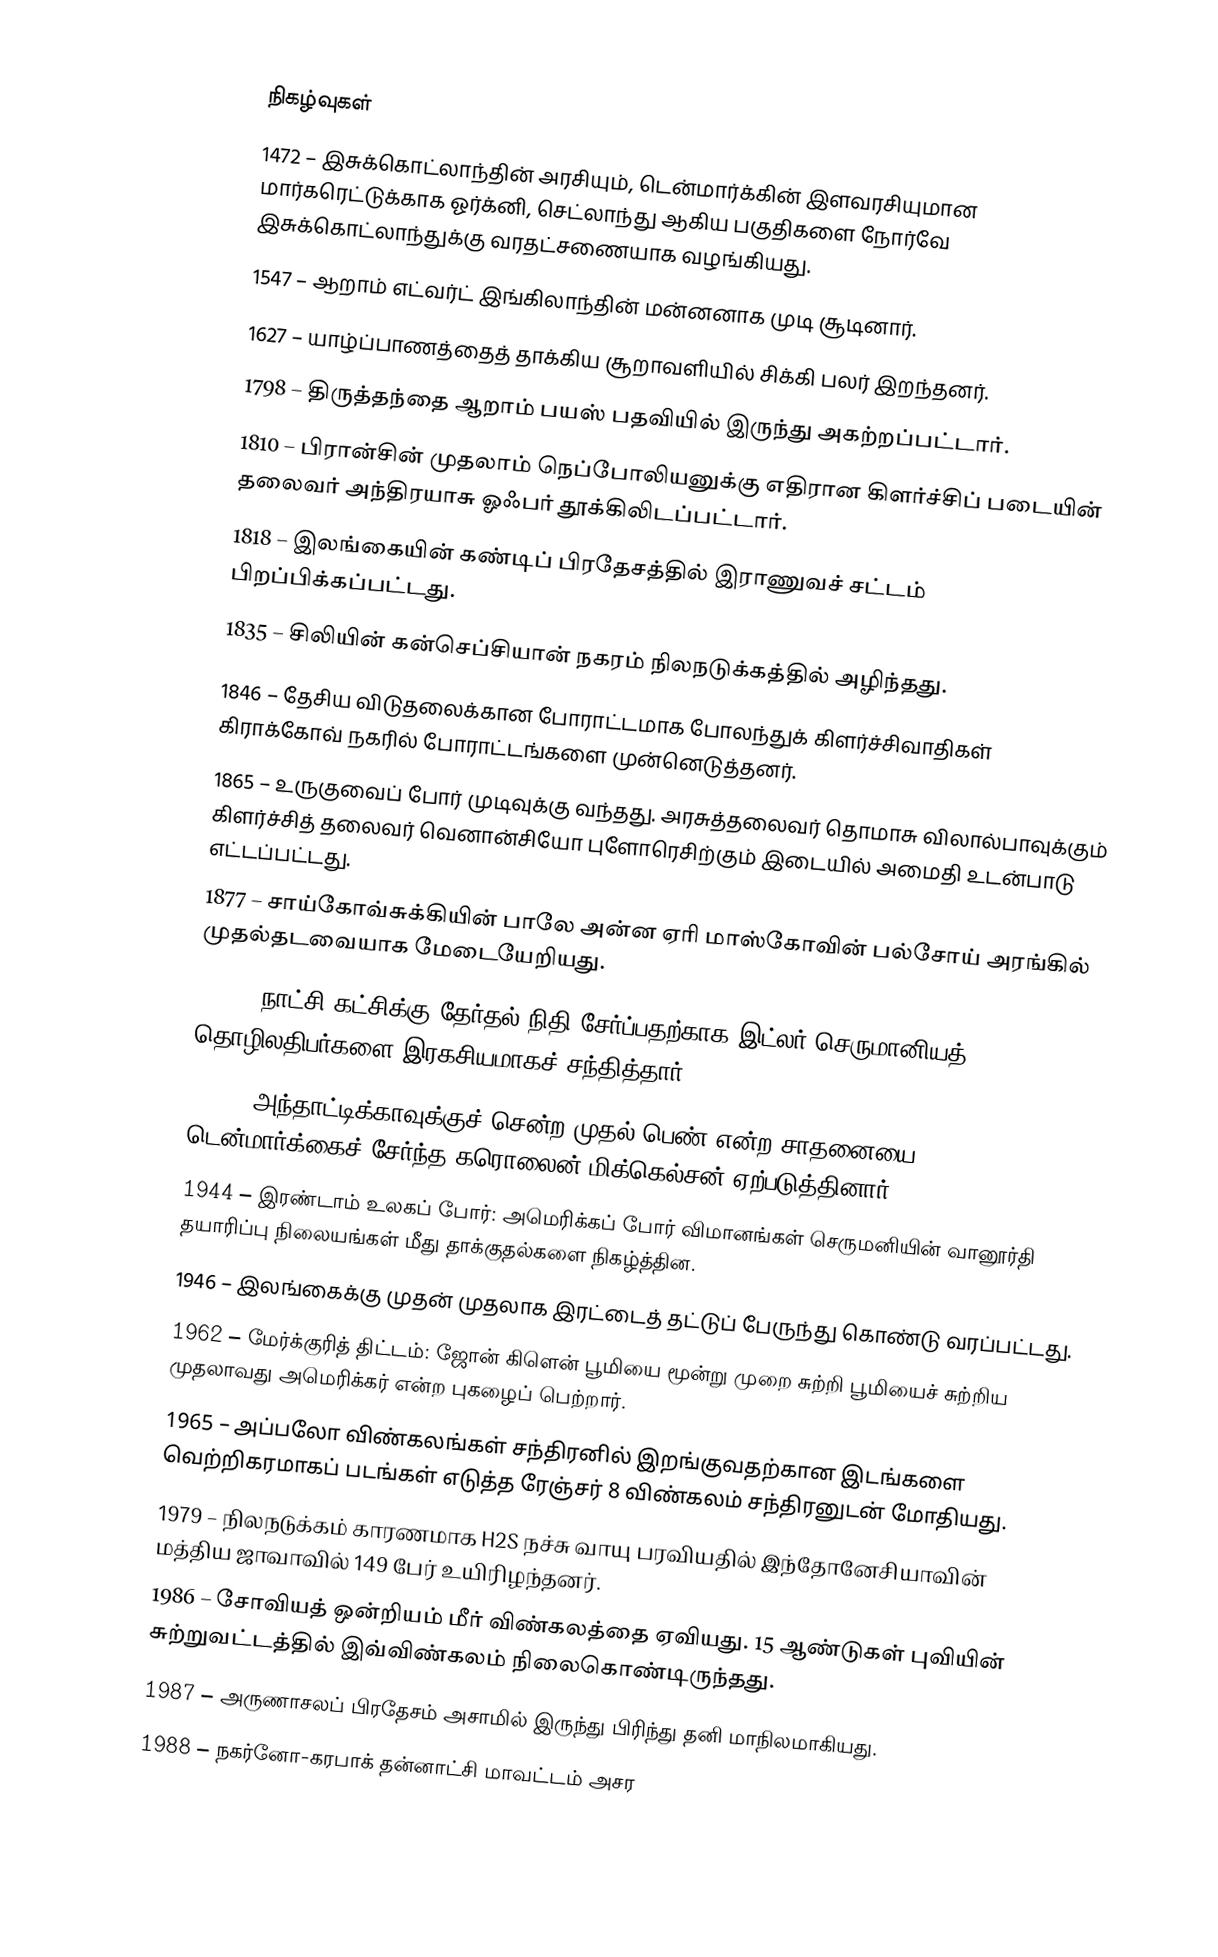

நிகழ்வுகள்
1472 – இசுக்கொட்லாந்தின் அரசியும், டென்மார்க்கின் இளவரசியுமான மார்கரெட்டுக்காக ஓர்க்னி, செட்லாந்து ஆகிய பகுதிகளை நோர்வே இசுக்கொட்லாந்துக்கு வரதட்சணையாக வழங்கியது.
1547 – ஆறாம் எட்வர்ட் இங்கிலாந்தின் மன்னனாக முடி சூடினார்.
1627 – யாழ்ப்பாணத்தைத் தாக்கிய சூறாவளியில் சிக்கி பலர் இறந்தனர்.
1798 – திருத்தந்தை ஆறாம் பயஸ் பதவியில் இருந்து அகற்றப்பட்டார்.
1810 – பிரான்சின் முதலாம் நெப்போலியனுக்கு எதிரான கிளர்ச்சிப் படையின் தலைவர் அந்திரயாசு ஓஃபர் தூக்கிலிடப்பட்டார்.
1818 – இலங்கையின் கண்டிப் பிரதேசத்தில் இராணுவச் சட்டம் பிறப்பிக்கப்பட்டது.
1835 – சிலியின் கன்செப்சியான் நகரம் நிலநடுக்கத்தில் அழிந்தது.
1846 – தேசிய விடுதலைக்கான போராட்டமாக போலந்துக் கிளர்ச்சிவாதிகள் கிராக்கோவ் நகரில் போராட்டங்களை முன்னெடுத்தனர்.
1865 – உருகுவைப் போர் முடிவுக்கு வந்தது. அரசுத்தலைவர் தொமாசு விலால்பாவுக்கும் கிளர்ச்சித் தலைவர் வெனான்சியோ புளோரெசிற்கும் இடையில் அமைதி உடன்பாடு எட்டப்பட்டது.
1877 – சாய்கோவ்சுக்கியின் பாலே அன்ன ஏரி மாஸ்கோவின் பல்சோய் அரங்கில் முதல்தடவையாக மேடையேறியது.
1933 – நாட்சி கட்சிக்கு தேர்தல் நிதி சேர்ப்பதற்காக இட்லர் செருமானியத் தொழிலதிபர்களை இரகசியமாகச் சந்தித்தார்.
1935 – அந்தாட்டிக்காவுக்குச் சென்ற முதல் பெண் என்ற சாதனையை டென்மார்க்கைச் சேர்ந்த கரொலைன் மிக்கெல்சன் ஏற்படுத்தினார்.
1944 – இரண்டாம் உலகப் போர்: அமெரிக்கப் போர் விமானங்கள் செருமனியின் வானூர்தி தயாரிப்பு நிலையங்கள் மீது தாக்குதல்களை நிகழ்த்தின.
1946 – இலங்கைக்கு முதன் முதலாக இரட்டைத் தட்டுப் பேருந்து கொண்டு வரப்பட்டது.
1962 – மேர்க்குரித் திட்டம்: ஜோன் கிளென் பூமியை மூன்று முறை சுற்றி பூமியைச் சுற்றிய முதலாவது அமெரிக்கர் என்ற புகழைப் பெற்றார்.
1965 – அப்பலோ விண்கலங்கள் சந்திரனில் இறங்குவதற்கான இடங்களை வெற்றிகரமாகப் படங்கள் எடுத்த ரேஞ்சர் 8 விண்கலம் சந்திரனுடன் மோதியது.
1979 – நிலநடுக்கம் காரணமாக H2S நச்சு வாயு பரவியதில் இந்தோனேசியாவின் மத்திய ஜாவாவில் 149 பேர் உயிரிழந்தனர்.
1986 – சோவியத் ஒன்றியம் மீர் விண்கலத்தை ஏவியது. 15 ஆண்டுகள் புவியின் சுற்றுவட்டத்தில் இவ்விண்கலம் நிலைகொண்டிருந்தது.
1987 – அருணாசலப் பிரதேசம் அசாமில் இருந்து பிரிந்து தனி மாநிலமாகியது.
1988 – நகர்னோ-கரபாக் தன்னாட்சி மாவட்டம் அசர